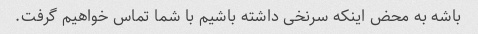
باشه به محض اینکه سرنخی داشته باشیم با شما تماس خواهیم گرفت.